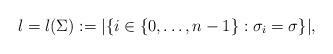
LaTeX: \begin{align*} l=l(\Sigma):=|\{i\in \{0,\dots,n-1\}: \sigma_i=\sigma\}|, \end{align*}